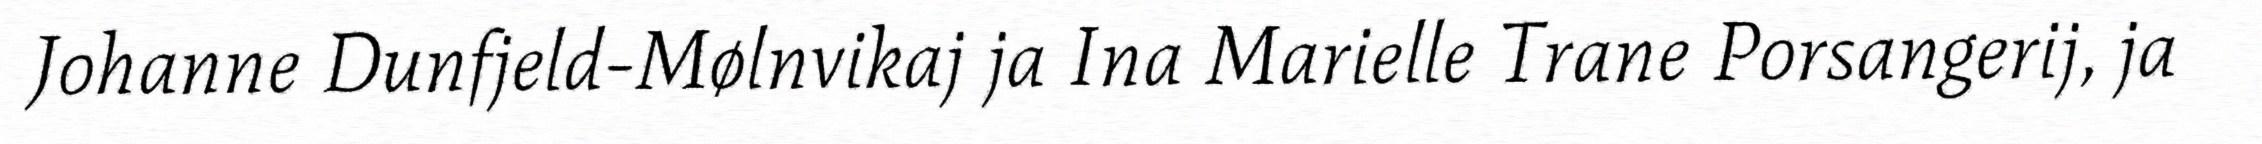
Johanne Dunfjeld-Mølnvikaj ja Ina Marielle Trane Porsangerij, ja